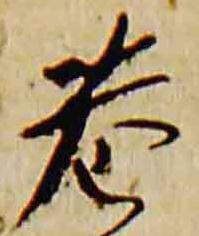
巷